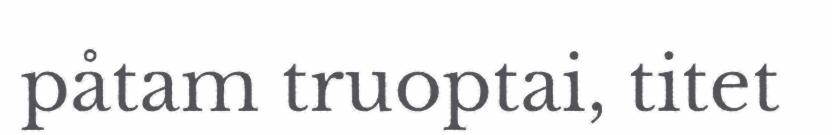
påtam truoptai, titet